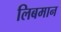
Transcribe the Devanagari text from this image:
लिबमान